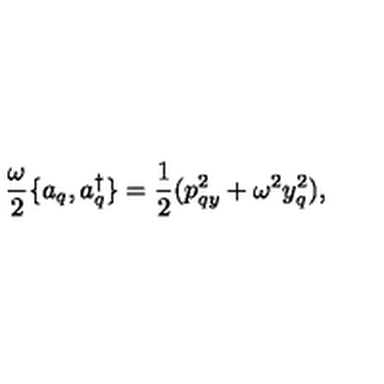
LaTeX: \frac { \omega } { 2 } \{ a _ { q } , a _ { q } ^ { \dagger } \} = \frac { 1 } { 2 } ( p _ { q y } ^ { 2 } + \omega ^ { 2 } y _ { q } ^ { 2 } ) ,